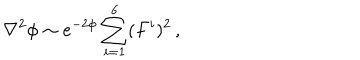
LaTeX: \nabla ^ { 2 } \phi \sim e ^ { - 2 \phi } \sum _ { i = 1 } ^ { 6 } ( F ^ { i } ) ^ { 2 } \, ,